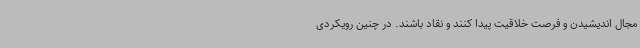
مجال اندیشیدن و فرصت خلاقیت پیدا کنند و نقاد باشند. در چنین رویکردی